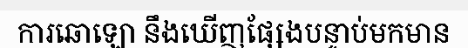
ការឆោឡោ នឹងឃើញផ្សែងបន្ទាប់មកមាន